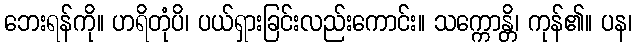
ဘေးရန်ကို။ ဟရိတုံပိ၊ ပယ်ရှားခြင်းလည်းကောင်း။ သက္ကောန္တိ၊ ကုန်၏။ ပန၊